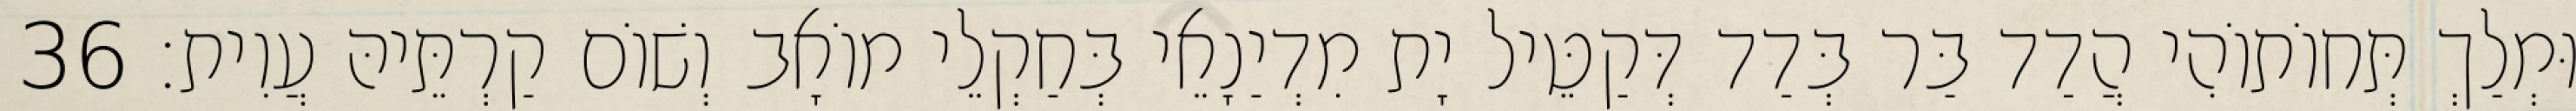
וּמְלַךְ תְּחוֹתוֹהִי הֲדַד בַּר בְּדַד דְּקַטֵּיל יָת מִדְיַנָאֵי בְּחַקְלֵי מוֹאָב וְשׁוֹם קַרְתֵּיהּ עֲוִית׃ 36